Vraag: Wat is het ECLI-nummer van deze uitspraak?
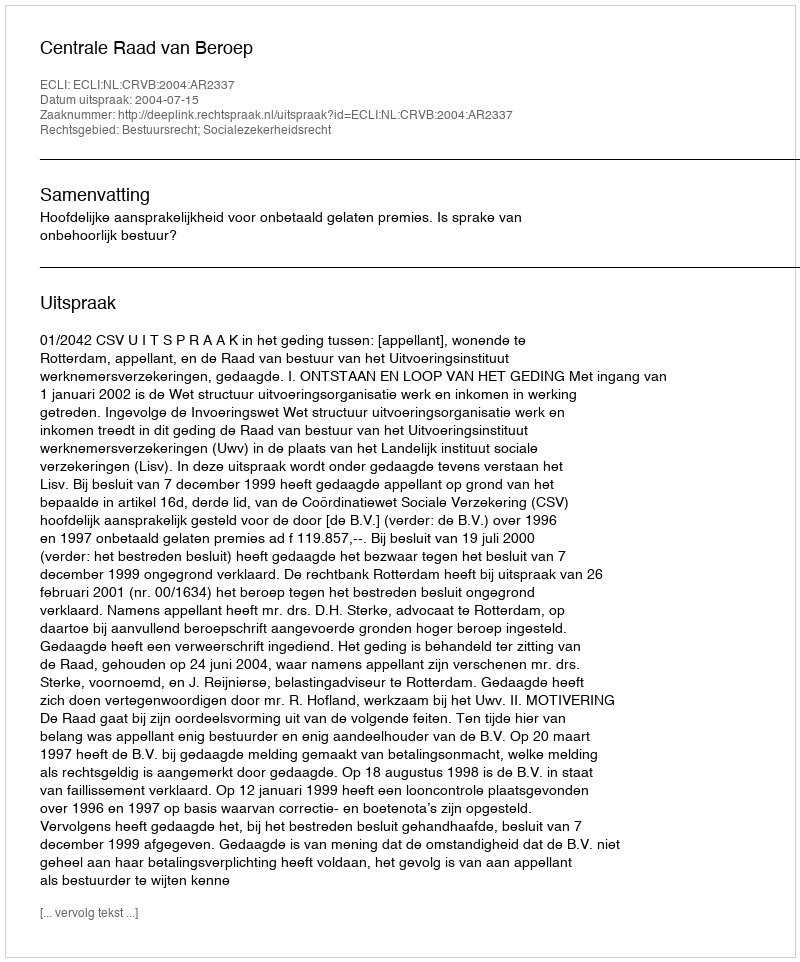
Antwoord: ECLI:NL:CRVB:2004:AR2337